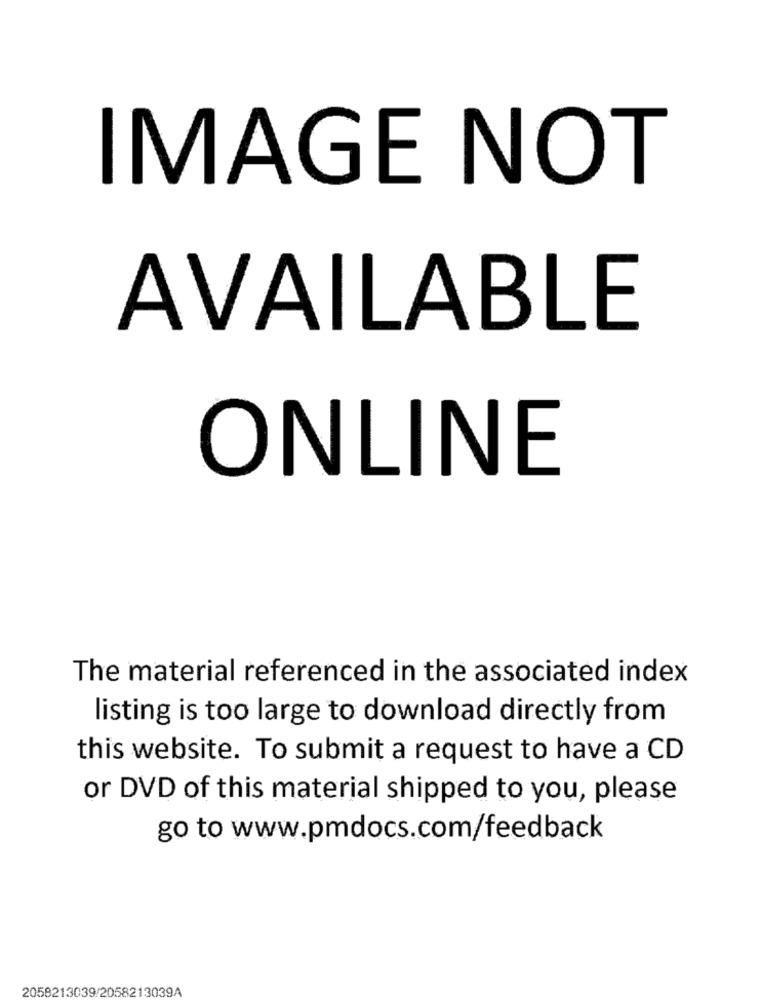
IMAGE NOT
AVAILABLE
ONLINE
The material referenced in the associated index
listing is too large to download directly from
this website. To submit a request to have a CD
or DVD of this material shipped to you, please
go to www.pmdocs.com/feedback
2058213039/2058213039A